Indian journal of veterinary science and animal husbandry - Volumes 24-25, 1954-1955
Year: 1954
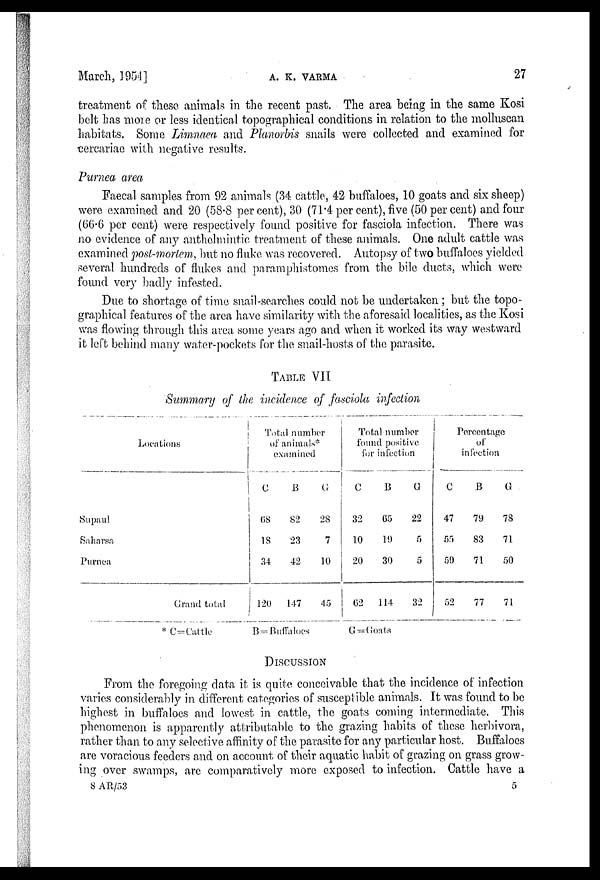
March, 1954]
A. K. VARMA
27
treatment of these animals in the recent past. The area being in the same Kosi
belt has more or less identical topographical conditions in relation to the molluscan
habitats. Some Limnaea and Planorbis snails were collected and examined for
cercariae with negative results.
Purnea area
Faecal samples from 92 animals (34 cattle, 42 buffaloes, 10 goats and six sheep)
were examined and 20 (58.8 percent), 30 (71.4 per cent), five (50 per cent) and four
(66.6 per cent) were respectively found positive for fasciola infection. There was
no evidence of any anthelmintic treatment of these animals. One adult cattle was
examined post-mortem, but no fluke was recovered. Autopsy of two buffaloes yielded
several hundreds of flukes and paramphistomes from the bile ducts, which were
found very badly infested.
Due to shortage of time snail-searches could not be undertaken; but the topo-
graphical features of the area have similarity with the aforesaid localities, as the Kosi
was flowing through this area some years ago and when it worked its way westward
it left behind many water-pockets for the snail-hosts of the parasite.
TABLE VII
Summary of the incidence of fasciola infection
Locations
Supaul
Saharsa
Purnea
Grand total
* C=Cattle
Total number
of animals*
examined
C
B
G
68
82
28
18
23
7
34
42
10
120
147
45
B=Buffaloes
Total number
found positive
for infection
C
B
G
32
65
22
10
19
5
20
30
5
62
114
32
G=Goats
Percentage
of
infection
C
B
G
47
79
78
55
83
71
59
71
50
52
77
71
DISCUSSION
From the foregoing data it is quite conceivable that the incidence of infection
varies considerably in different categories of susceptible animals. It was found to be
highest in buffaloes and lowest in cattle, the goats coming intermediate. This
phenomenon is apparently attributable to the grazing habits of these herbivora,
rather than to any selective affinity of the parasite for any particular host. Buffaloes
are voracious feeders and on account of their aquatic habit of grazing on grass grow-
ing over swamps, are comparatively more exposed to infection. Cattle have a
8 AR/53 5